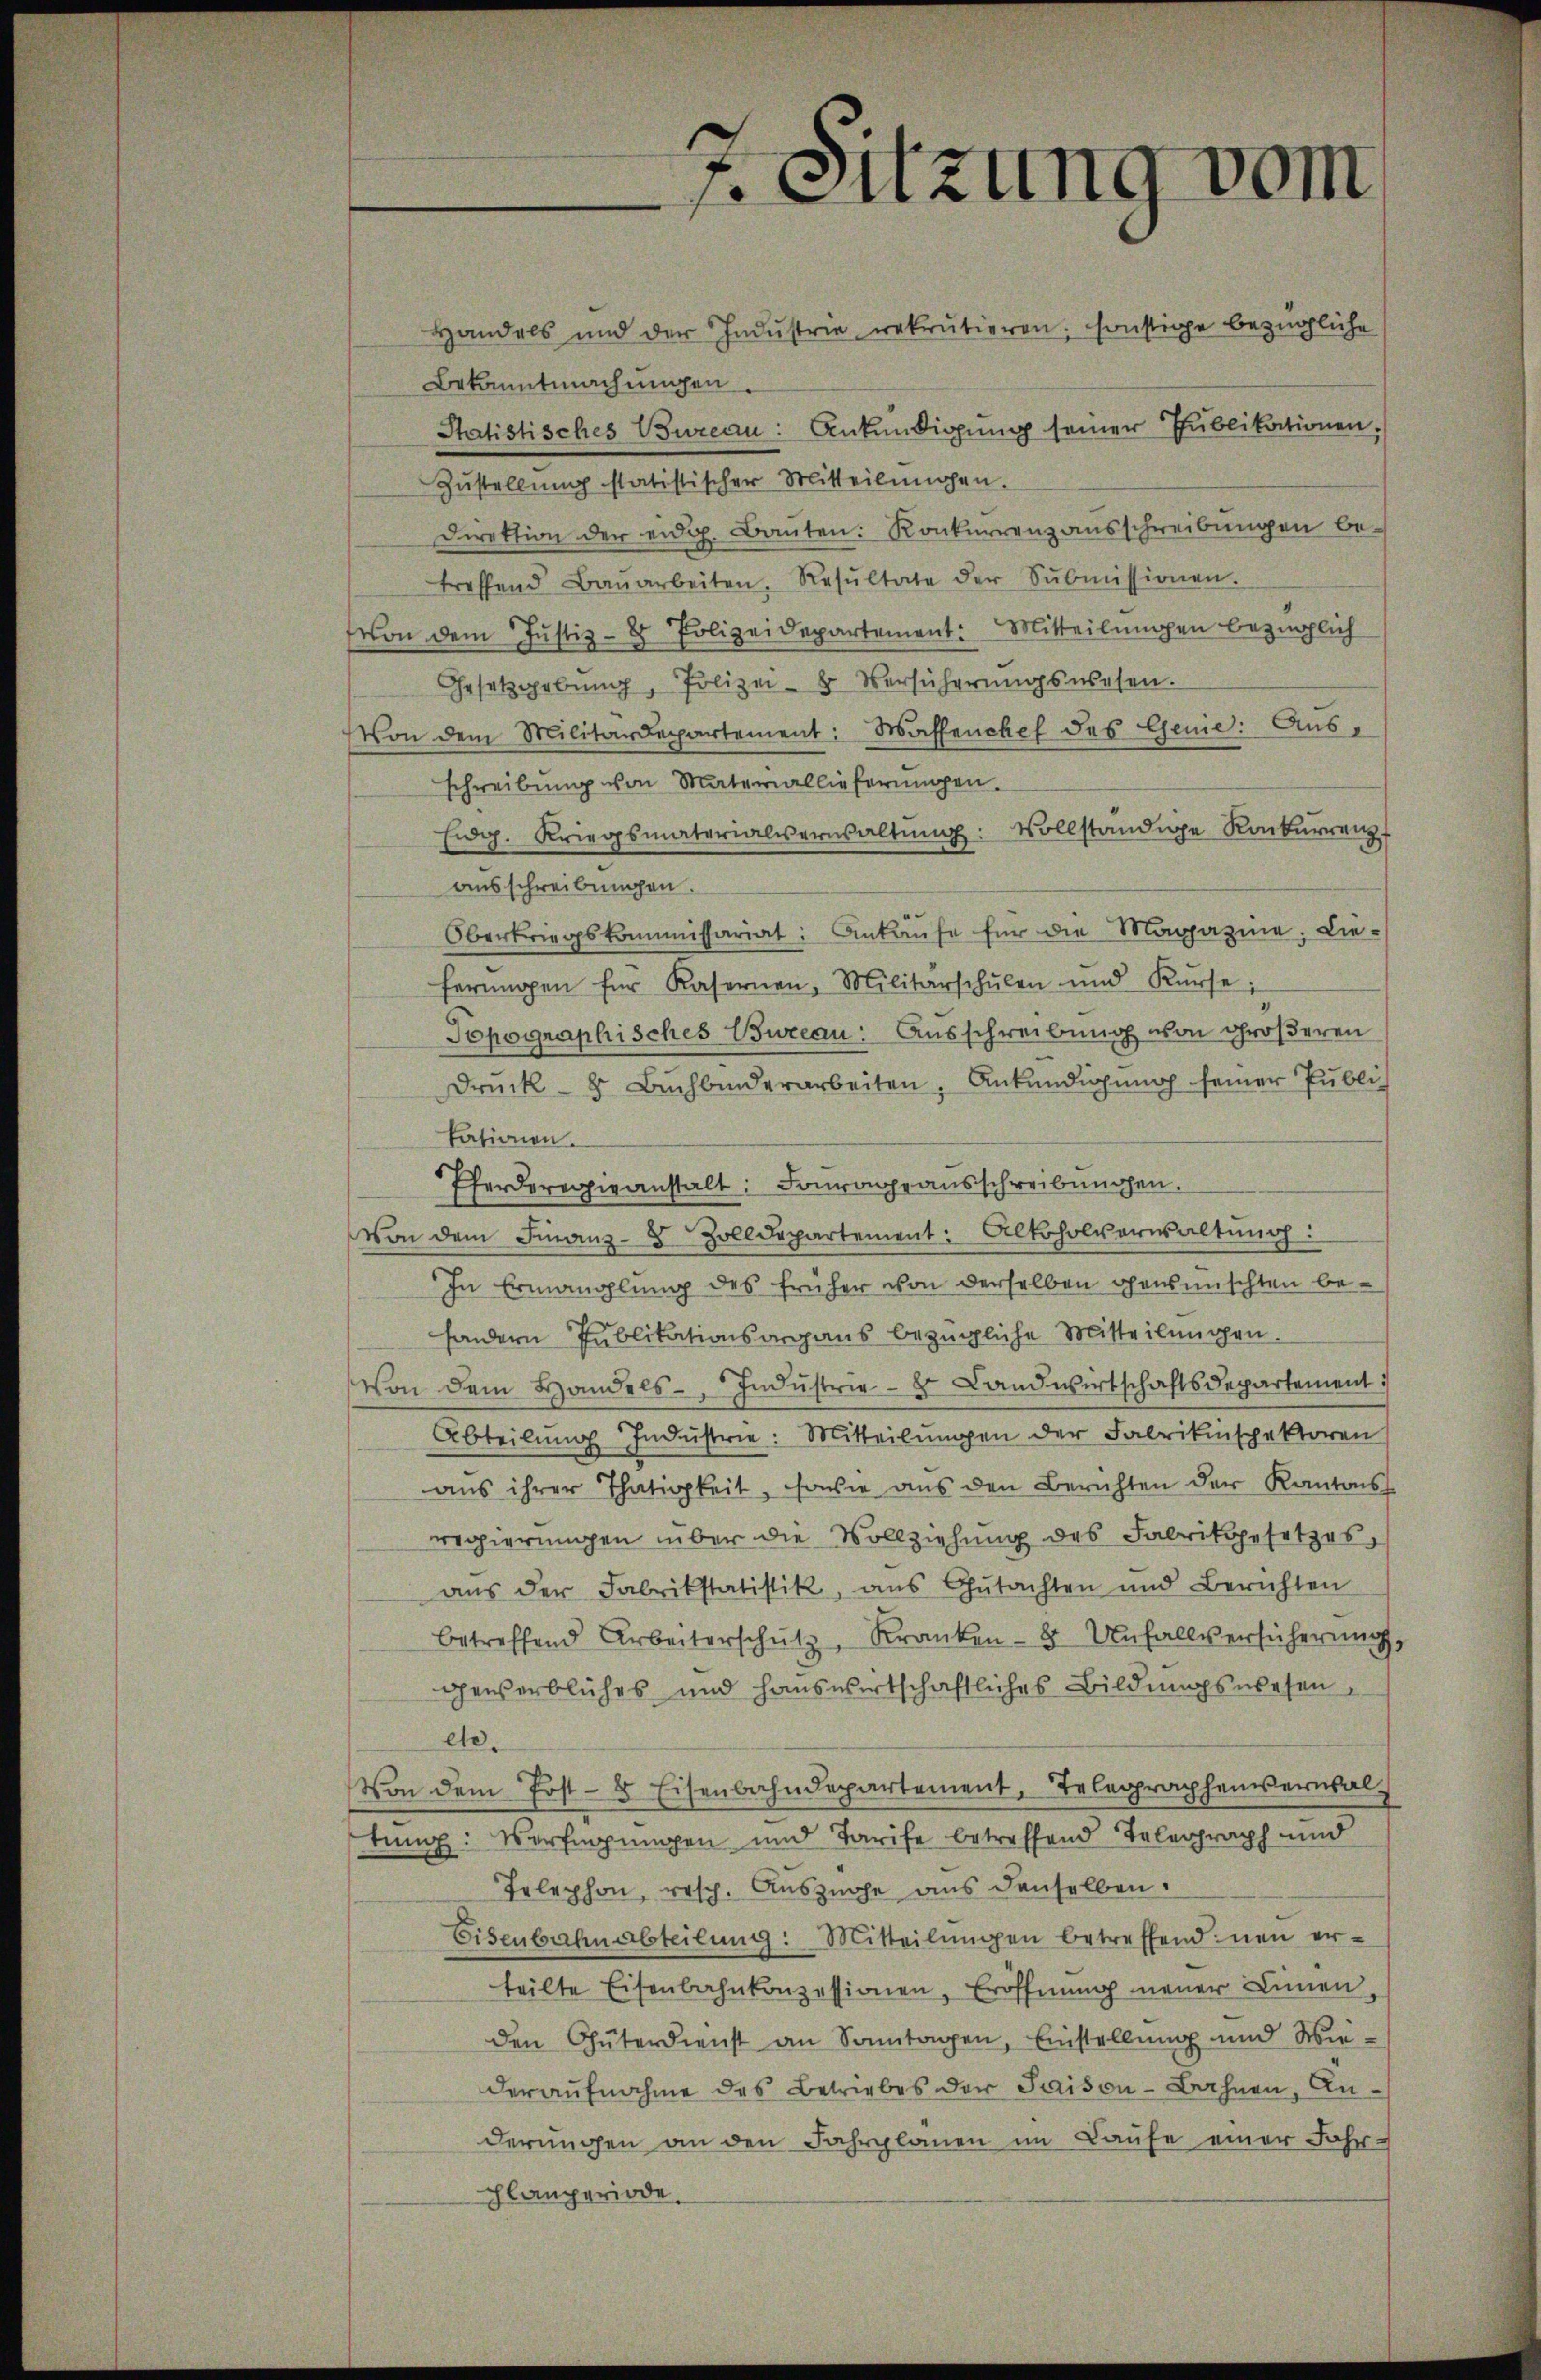
Handels und der Indŭstrie rekrutieren; sonstige bezügliche
Bekanntmachungen.
Statistisches Bureau: Ankündigung seiner Publikationen.
Zŭstellung statistischer Mitteilungen.
Direktion der eidg. Bauten: Konkurrenzausschreibungen betreffend Baŭarbeiten, Resŭltate der Sŭbmissionen.
von dem Justiz- & Polizeidepartement: Mitteilŭngen bezüglich
Gesetzgebung, Polizei- Versücherŭngswesen.
Von dem Militärdepartement: Wassenchef des Genie: Ausschreibung von Materiallieferungen.
Eidg. Kriegsmaterialernsaltŭng: vollständige Konkurrenz
ausschreibungen.
Obertriegskommissariat: Ankaufe für die Magazine. Lieferŭngen für Kasernen, Militärschŭlen und Kŭrse;
Topographisches Bureau: Ausschreibung von größeren
Druck- u Bŭchbinderarbeiten, Ankündigung seiner Publi
kationen.
Pferderegieanstalt: Fourage ausschreibungen.
von dem Finanz-8 Zolldepartement: Alkoholverwaltŭng:
In Ermanglung des früher von derselben gewünschten besondern Publikationsorgans bezügliche Mitteilungen.
von dem Handels-, Indŭstrie- & Landwirtschaftsdepartement
Abteilŭng Indŭstrie: Mitteilŭngen der Fabrikinspektoren
aus ihrer Thätigkeit, sowie aus den Berichten der Kantons-
regierungen über die Vollziehung des Fabrikgesetzes,
aus der Fabrikstatistik, aus Gutachten und Berichten
betreffend Arbeiterschütz, Kranken- 8 Unfallversicherŭng,
gewerbliches und hauswirtschaftliches Bildungswesen,
etc.
Von dem Post- & Eisenbahndepartement, Telegraphenverwal
tung: Verfügungen und Tarife betreffend Telegraph und
Telephon, resp. Auszüge aus denselben.
Eisenbahn abteilŭng: Mitteilŭngen betreffend neu er-
teilte Eisenbahnkonzessionen, Eröffnung neuer Linien,
den Güterdienst an Sonntagen, Einstellung und Wie-
deraŭfnahme des Betriebes der Saison-Bahnen, Anderungen an den Fahrplanen im Laŭfe einer Fahr-
planperiode.

7. Sitzung vom